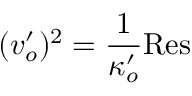
( v _ { o } ^ { \prime } ) ^ { 2 } = { \frac { 1 } { \kappa _ { o } ^ { \prime } } } \mathrm { R e s }